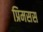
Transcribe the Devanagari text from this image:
प्रिमसस